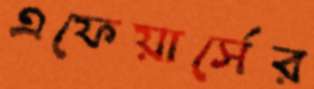
এফেয়ার্সের